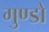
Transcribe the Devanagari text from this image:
गुण्डो